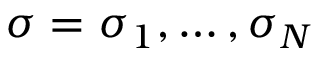
\sigma = \sigma _ { 1 } , \dots , \sigma _ { N }